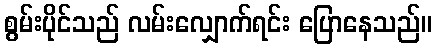
စွမ်းပိုင်သည် လမ်းလျှောက်ရင်း ပြောနေသည်။